Madras plague regulations in force outside the Presidency town - Volume 5
Disease focus: Plague
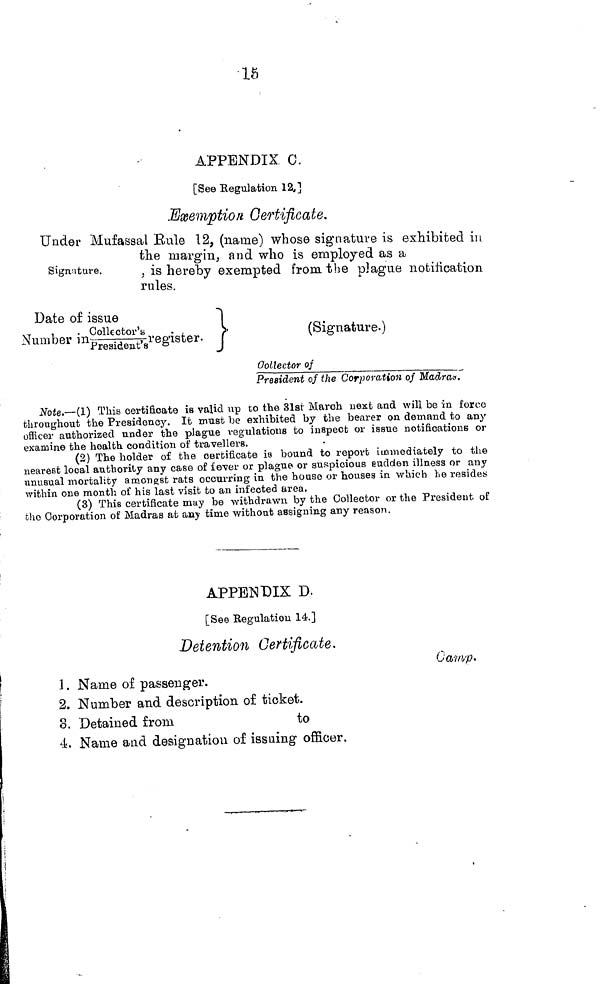
15
APPENDIX 0.
[See Regulation 12]
Exemption Certificate.
Signature.
Under Mufassal Rule 12, (name) whose signature is exhibited in
the margin, and who is employed as a
, is hereby exempted from, the plague notification
rules.
Date of issue
Number in Collector's/President's register.
(Signature.)
Collector of
President of the Corporation of
Madras.
Note.—(1) This certificate is valid up to the 31st March next and will be in force
throughout the Presidency. It must be exhibited by the bearer on demand to any
officer authorized nnder the plague regulations to inspect or issue notifications or
examine the health condition of travellers.
(2) The holder of the certificate is bound to report immediately to the
nearest local authority any case of fever or plague or suspicious euclden illness or any
unusual mortality amongst rats occurring in the house or houses in which he resides
within one month of his last visit to an infected area.
(3) This certificate may be withdrawn by the Collector or the President of
who Corporation of Madras at any time withont assigning any reason.
APPENDIX D.
[See Regulation l4.]
Detention Certificate.
Camp.
1. Name of passenger.
2. Number and description of ticket.
8. Detained from
to
4. Name and designation of issuing officer.